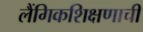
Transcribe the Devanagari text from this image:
लैंगिकशिक्षणाची